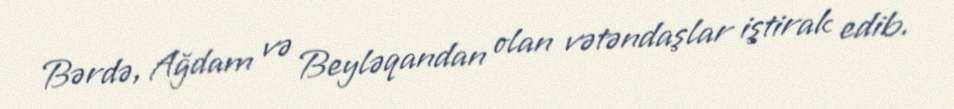
Bərdə, Ağdam və Beyləqandan olan vətəndaşlar iştirak edib.